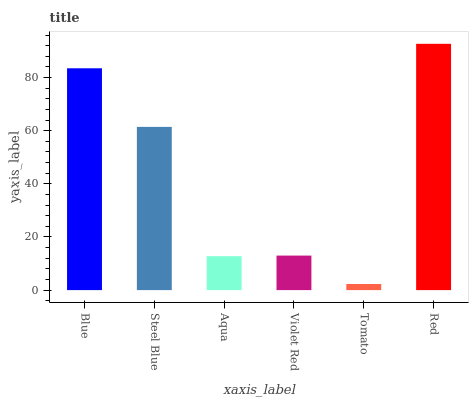
| xaxis_label | bars |
 | --- | --- |
 | Blue | 83.5 |
 | Steel Blue | 61.4 |
 | Aqua | 12.8 |
 | Violet Red | 13 |
 | Tomato | 2.3 |
 | Red | 92.7 |